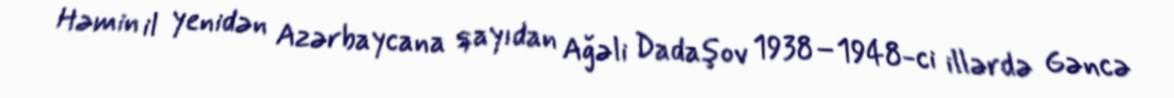
Həmin il yenidən Azərbaycana qayıdan Ağəli Dadaşov 1938–1948-ci illərdə Gəncə